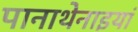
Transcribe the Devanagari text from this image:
पानाथेनाइयां